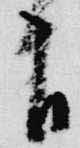
自